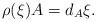
LaTeX: \begin{align*}\rho(\xi)A = d_A \xi.\end{align*}